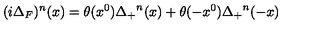
( i \Delta _ { F } ) ^ { n } ( x ) = \theta ( x ^ { 0 } ) { \Delta _ { + } } ^ { n } ( x ) + \theta ( - x ^ { 0 } ) { \Delta _ { + } } ^ { n } ( - x )